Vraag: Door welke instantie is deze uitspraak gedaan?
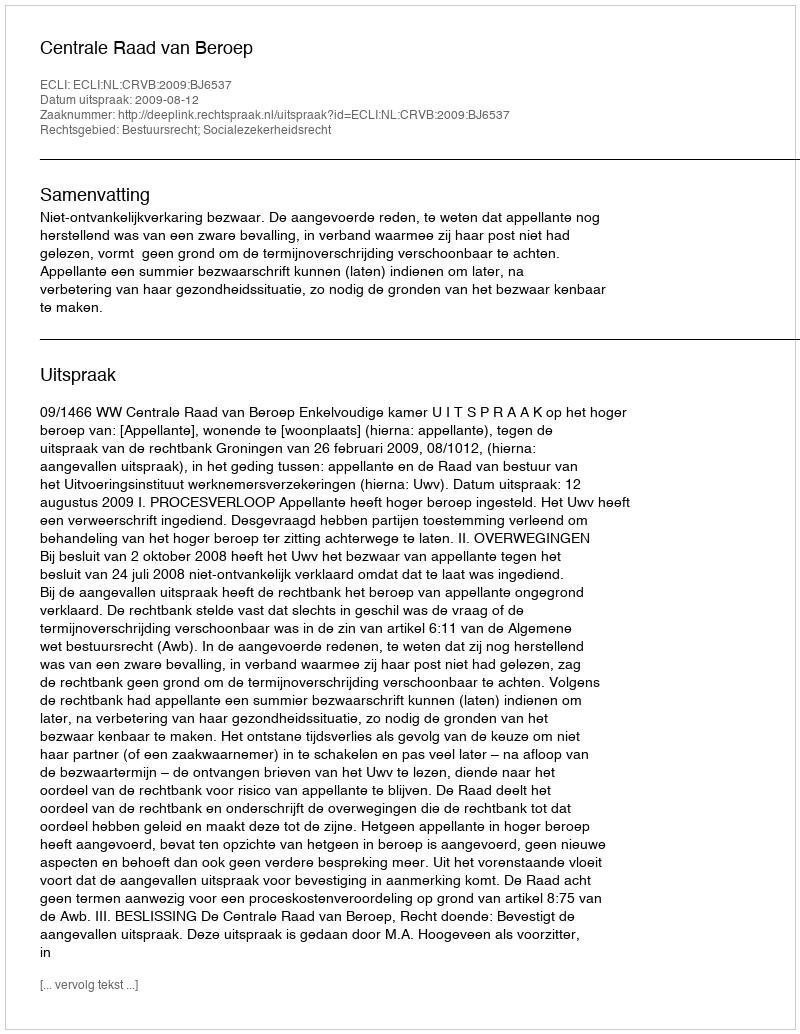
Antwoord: Centrale Raad van Beroep